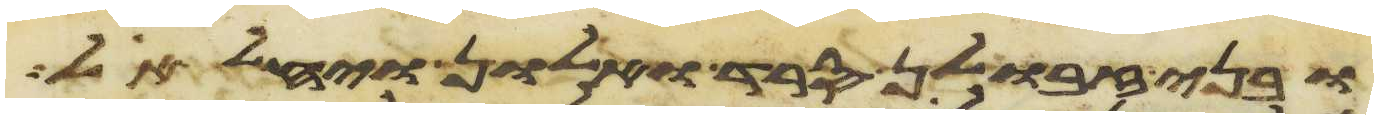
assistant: ובני זבולן סרד ואלון ויחלאל